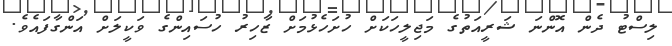
ލިސްޓު ދެން އޮންނަ ޝަރީއަތުގެ މަޖިލީހަކަށް ހުށަހެޅުމަށް ޒާހިރު ހުސައިންގެ ވަކީލަށް އަންގާފައެވެ.